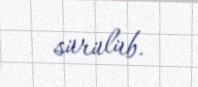
sürülüb.